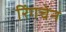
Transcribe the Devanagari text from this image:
रिंगचेन